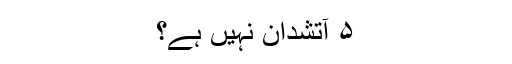
۵ آتشدان نہیں ہے؟